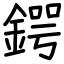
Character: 鍔